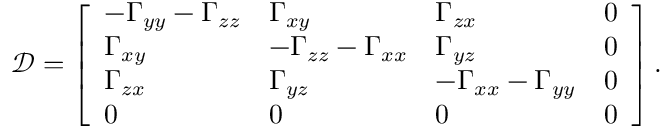
\mathcal { D } = \left[ \begin{array} { l l l l } { - \Gamma _ { y y } - \Gamma _ { z z } } & { \Gamma _ { x y } } & { \Gamma _ { z x } } & { 0 } \\ { \Gamma _ { x y } } & { - \Gamma _ { z z } - \Gamma _ { x x } } & { \Gamma _ { y z } } & { 0 } \\ { \Gamma _ { z x } } & { \Gamma _ { y z } } & { - \Gamma _ { x x } - \Gamma _ { y y } } & { 0 } \\ { 0 } & { 0 } & { 0 } & { 0 } \end{array} \right] .